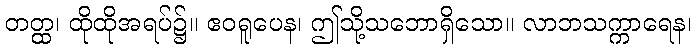
တတ္ထ၊ ထိုထိုအရပ်၌။ ဧဝရူပေန၊ ဤသို့သဘောရှိသော။ လာဘသက္ကာရေန၊